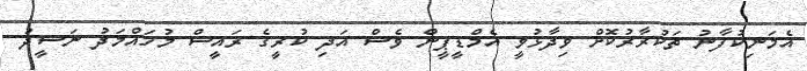
އެމަނިކުފާނު ތަކުރާރުކޮށް ވިދާޅުވީ އެމްޑީޕީން ވެސް އަދި ކުރީގެ ރައީސް މުހައްމަދު ނަޝީދު